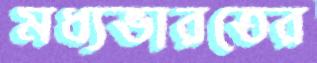
মধ্যভারতের